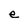
Character: e